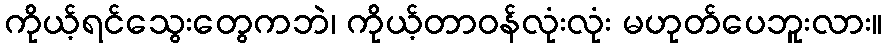
ကိုယ့်ရင်သွေးတွေကဘဲ၊ ကိုယ့်တာဝန်လုံးလုံး မဟုတ်ပေဘူးလား။